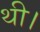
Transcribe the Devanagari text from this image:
थी।